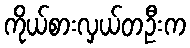
ကိုယ်စားလှယ်တဦးက